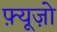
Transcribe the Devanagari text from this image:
फ़्यूज़ो